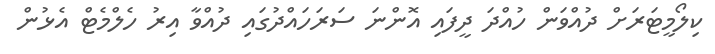
ކިލޯމީޓަރަށް ދުއްވަން ހުއްދަ ދީފައި އޮންނަ ސަރަހައްދުގައި ދުއްވާ އިރު ހެލްމެޓް އެޅުން